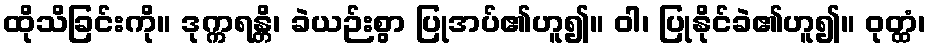
ထိုသိခြင်းကို။ ဒုက္ကရန္တိ၊ ခဲယဉ်းစွာ ပြုအပ်၏ဟူ၍။ ဝါ၊ ပြုနိုင်ခဲ၏ဟူ၍။ ဝုတ္ထံ၊